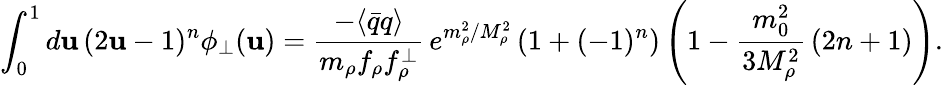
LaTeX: \int_{0}^{1}d\mathbf{u}\, (2\mathbf{u}-1)^{n}\phi_{\perp}(\mathbf{u})=\frac{{-\langle\bar{{q}}q\rangle}}{{m_{\rho}f_{\rho}f_{\rho}^{\perp}}}\, e^{m_{\rho}^{2}/M_{\rho}^{2}}\left(1+(-1)^{n}\right)\left(1-\frac{{m_{0}^{2}}}{{3M_{\rho}^{2}}}\, (2n+1)\right).